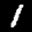
Label: 1